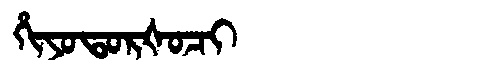
Manchu: ᡥᡳᠶᠣᡨᠣᡵᡧᠣᠴᡳ
Romanization: HIYOTORŠOCI